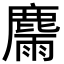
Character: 𪋉